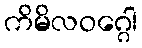
ကိမိလဝဂ္ဂေါ